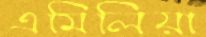
এমিলিয়া